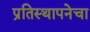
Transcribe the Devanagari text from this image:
प्रतिस्थापनेचा